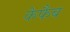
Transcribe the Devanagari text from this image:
केफैब